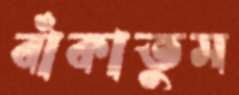
বাঁকাতুম